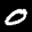
Digit: 0